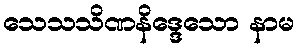
သေသသိဏနိဒ္ဒေသော နာမ